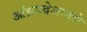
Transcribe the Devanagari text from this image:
आंध्रप्रदेशातले